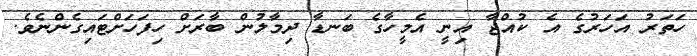
ހަތަރު އަހަރުގެ އެ ކުއްޖާ އިނީ އެމީހާގެ ބަނޑާ ދިމާލުން ބާރަށް ހިފަހަށްޓައިގެންނެވެ.